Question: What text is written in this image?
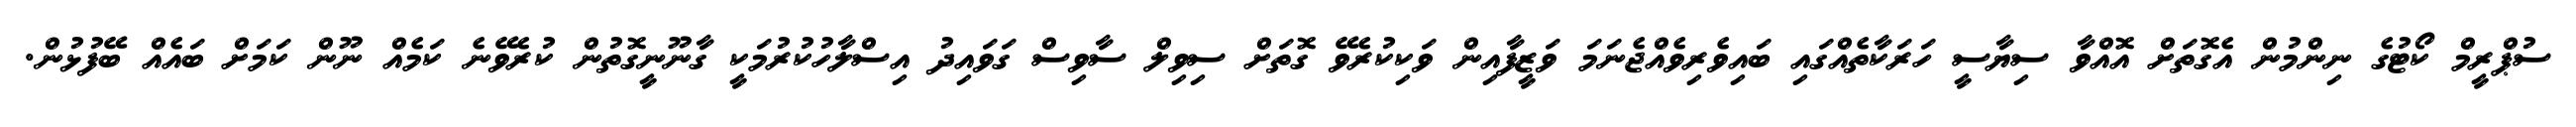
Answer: ސުޕްރީމް ކޯޓުގެ ނިންމުން އެގޮތަށް އޮއްވާ ސިޔާސީ ހަރަކާތެއްގައި ބައިވެރިވެއްޖެނަމަ ވަޒީފާއިން ވަކިކުރެވޭ ގޮތަށް ސިވިލް ސާވިސް ގަވައިދު އިސްލާހުކުރުމަކީ ގާނޫނީގޮތުން ކުރެވޭނެ ކަމެއް ނޫން ކަމަށް ބައެއް ބޭފުޅުން.